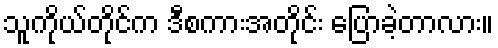
သူကိုယ်တိုင်က ဒီစကားအတိုင်း ပြောခဲ့တာလား။